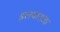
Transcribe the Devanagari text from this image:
इलयाराजा